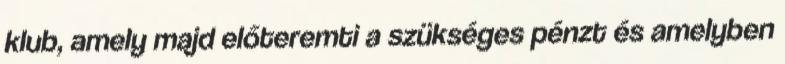
klub, amely majd előteremti a szükséges pénzt és amelyben